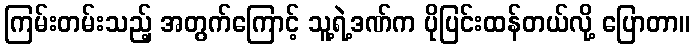
ကြမ်းတမ်းသည့် အတွက်ကြောင့် သူ့ရဲ့ဒဏ်က ပိုပြင်းထန်တယ်လို့ ပြောတာ။